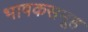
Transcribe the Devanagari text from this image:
भाषकसमूह